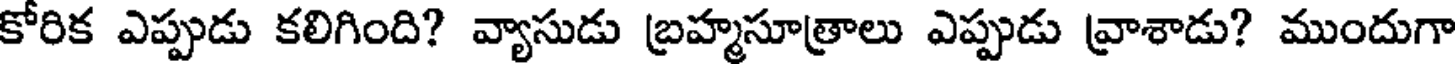
కోరిక ఎప్పుడు కలిగింది? వ్యాసుడు బ్రహ్మసూత్రాలు ఎప్పుడు వ్రాశాడు? ముందుగా